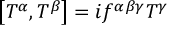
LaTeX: \left[ T ^ { \alpha } , T ^ { \beta } \right] = i f ^ { \alpha \beta \gamma } T ^ { \gamma }